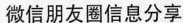
微信朋友圈信息分享